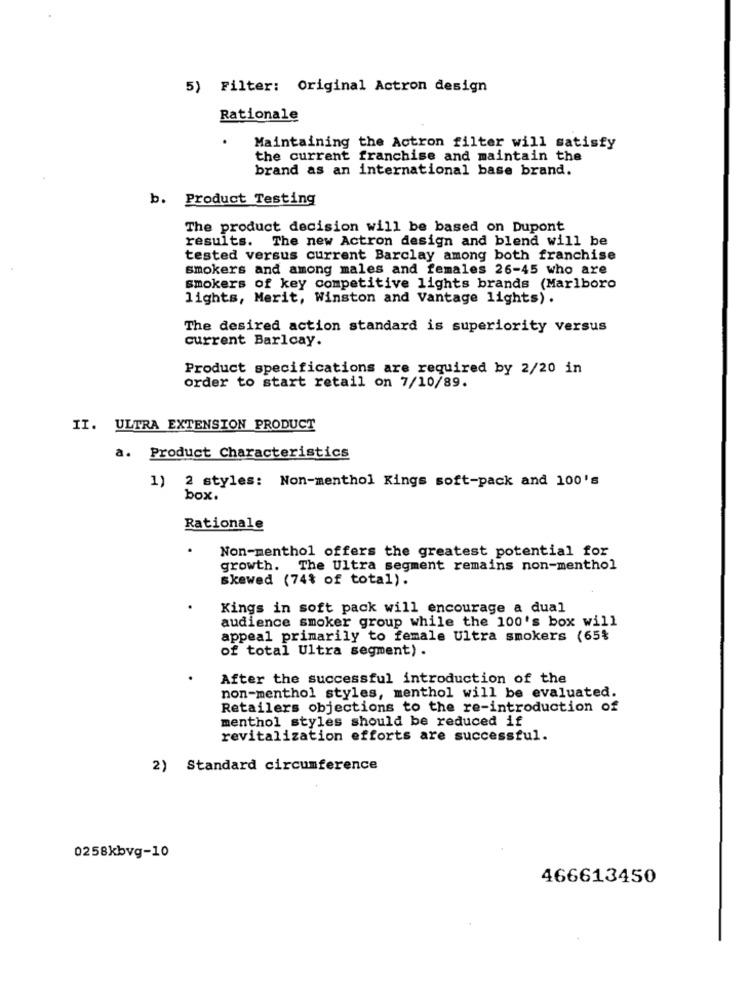
5) Filter: Original Actron design
Rationale
Maintaining the Actron filter will satisfy
the current franchise and maintain the
brand as an international base brand.
b. Product Testing
The product decision will be based on Dupont
results. The new Actron design and blend will be
tested versus current Barclay among both franchise
smokers and among males and females 26-45 who are
smokers of key competitive lights brands (Marlboro
lights, Merit, Winston and Vantage lights) .
The desired action standard is superiority versus
current Barlcay.
Product specifications are required by 2/20 in
order to start retail on 7/10/89.
II. ULTRA EXTENSION PRODUCT
a. Product Characteristics
1) 2 styles: Non-menthol Kings soft-pack and 100's
box.
Rationale
Non-menthol offers the greatest potential for
growth. The Ultra segment remains non-menthol
skewed (74% of total).
Kings in soft pack will encourage a dual
audience smoker group while the 100's box will
appeal primarily to female Ultra smokers (65%
of total Ultra segment) .
After the successful introduction of the
non-menthol styles, menthol will be evaluated.
Retailers objections to the re-introduction of
menthol styles should be reduced if
revitalization efforts are successful.
2) Standard circumference
0258kbvg-10
466613450